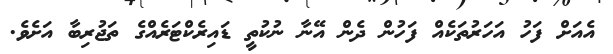
އެއަށް ފަހު އަހަރުތަކެއް ފަހުން ދެން އޭނާ ނުކުތީ ޑައިރެކްޓަރެއްގެ ތަޖުރިބާ އަށެވެ.